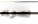
تصوير